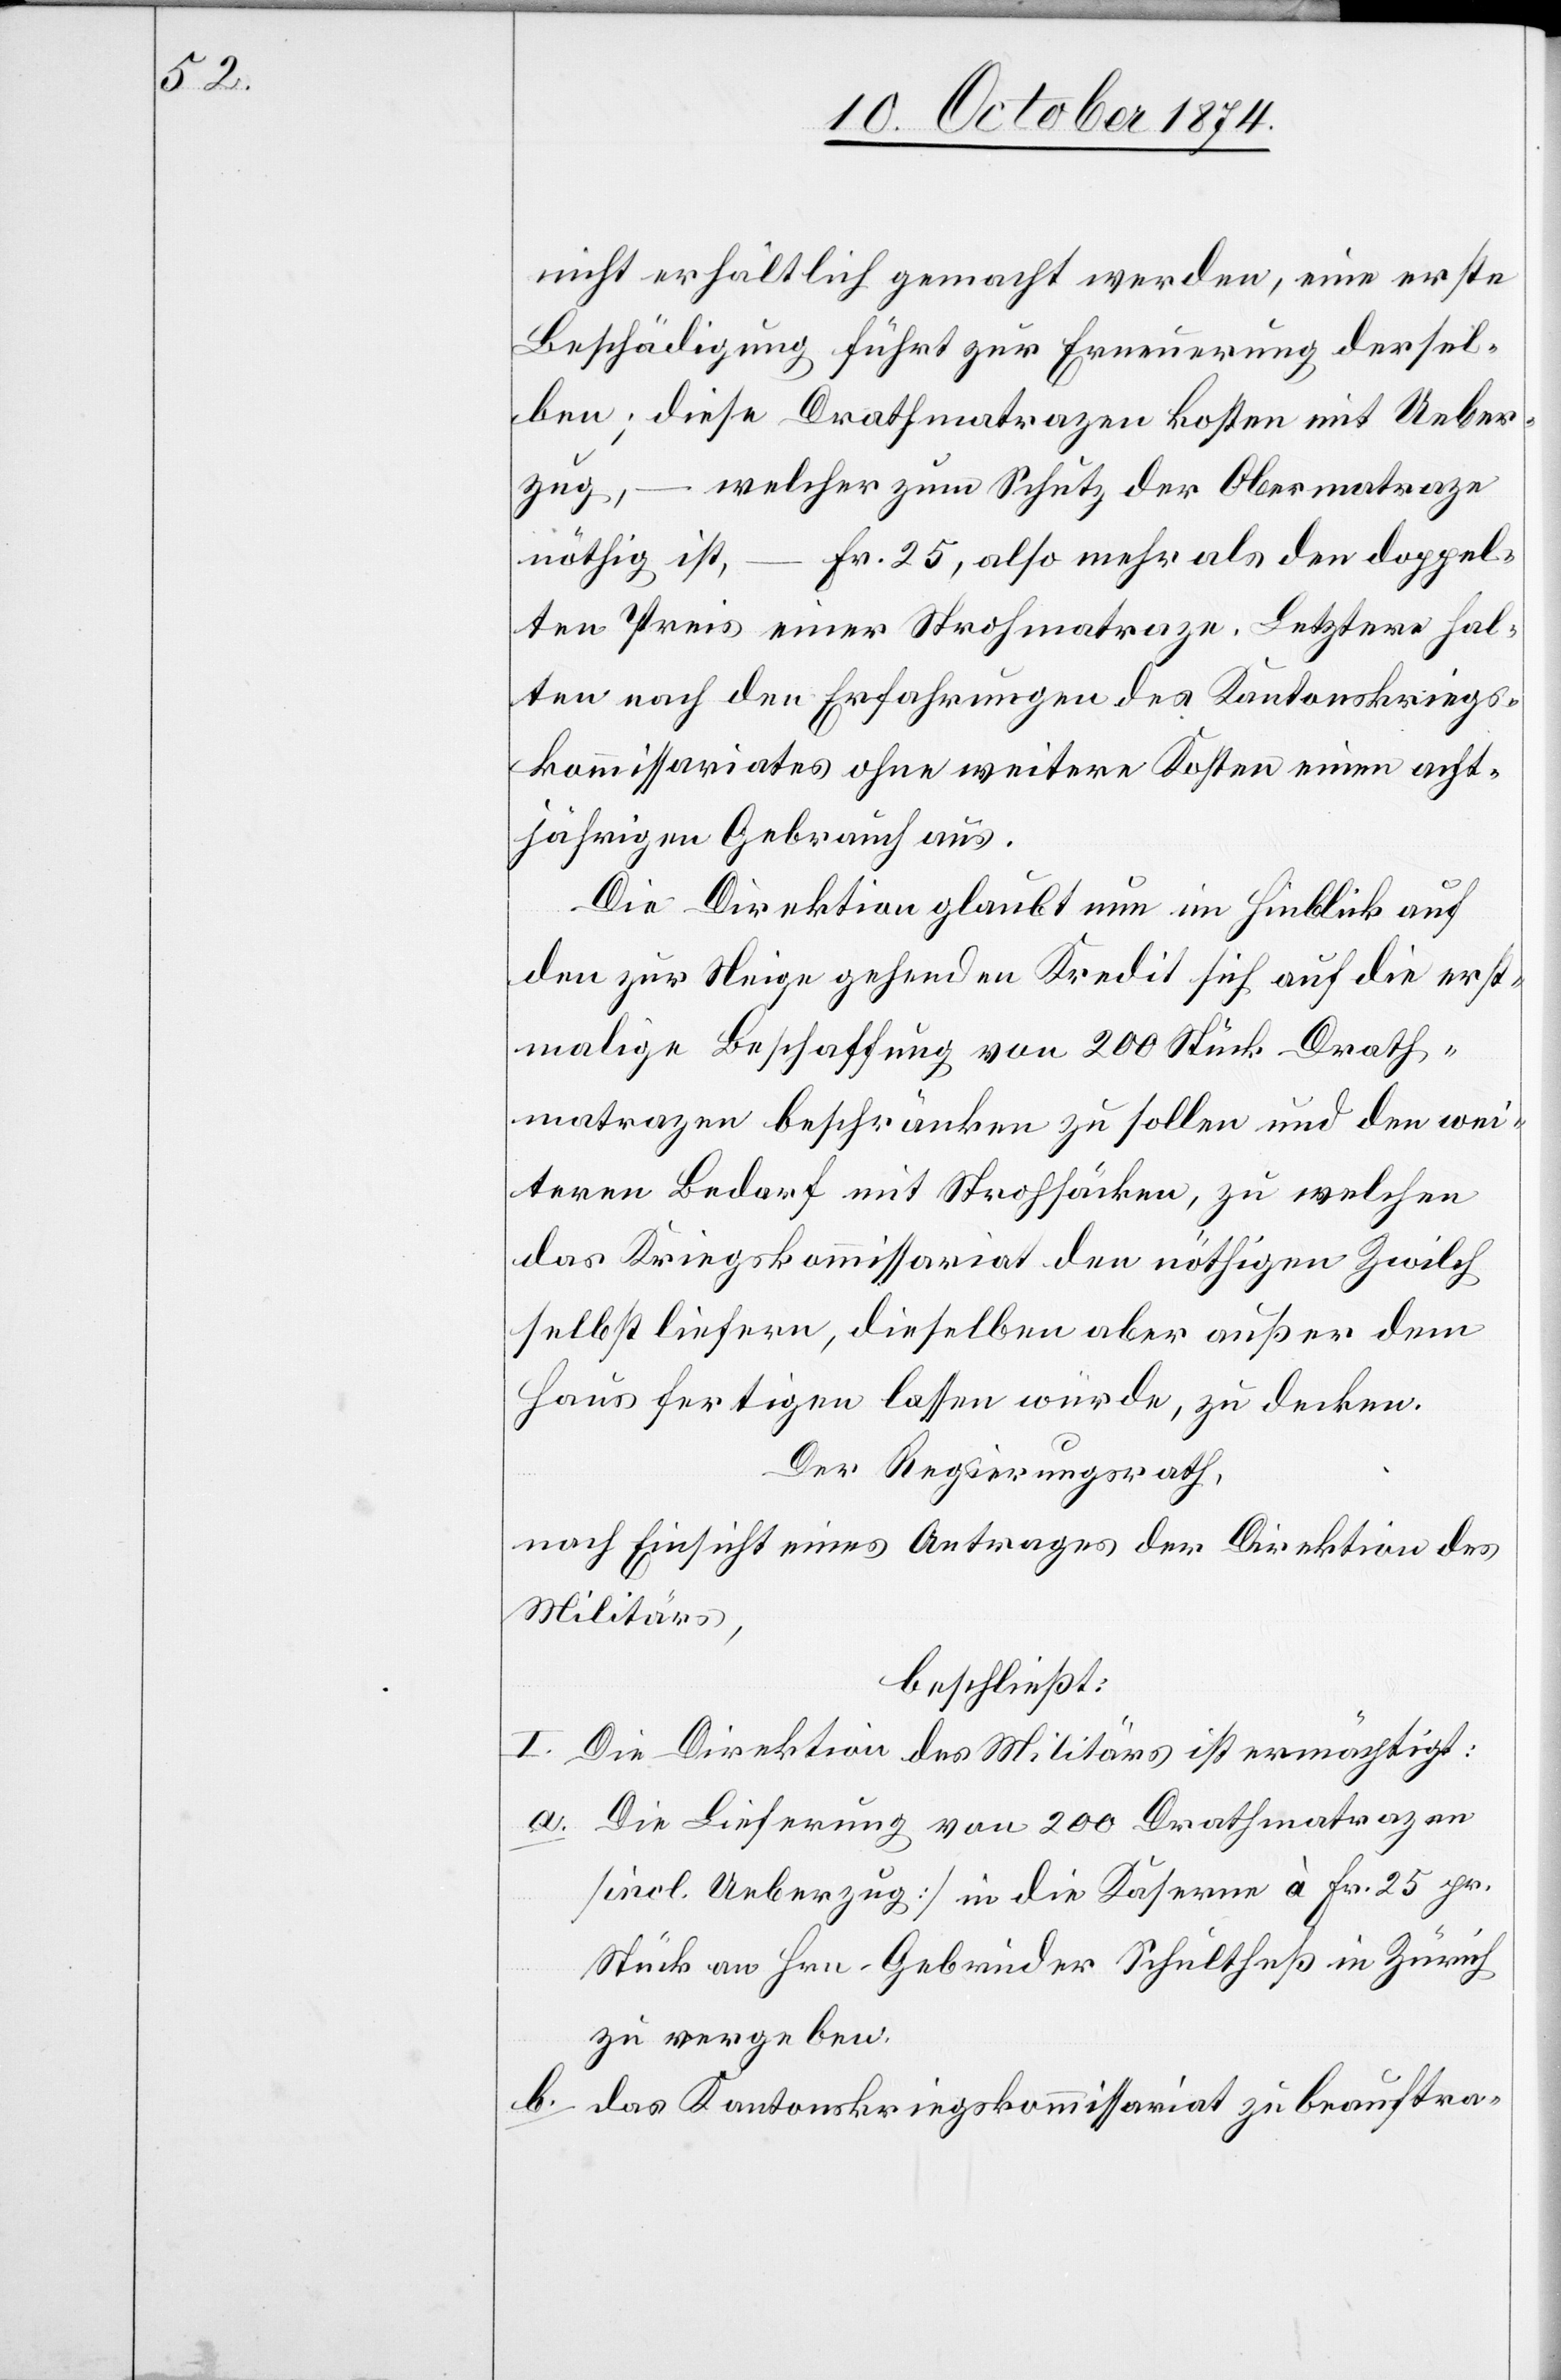
nicht erhältlich gemacht werden, eine erste
Beschädigung führt zur Erneuerung dersel¬
ben; diese Drathmatrazen kosten mit Ueber¬
zug, – welcher zum Schutz der Obermatraze
nöthig ist, – Fr. 25, also mehr als den doppel¬
ten Preis einer Strohmatraze. Letztere hal¬
ten nach den Erfahrungen des Kantonskriegs¬
kommissariates ohne weitere Kosten einen acht¬
jährigen Gebrauch aus.
Die Direktion glaubt nun im Hinblick auf
den zur Neige gehenden Kredit sich auf die erst¬
malige Beschaffung von 200 Stück Drath¬
matrazen beschränken zu sollen und den wei¬
teren Bedarf mit Strohsäcken, zu welchen
das Kriegskommissariat den nöthigen Zwilch
selbst liefern, dieselben aber außer dem
Haus fertigen lassen würde, zu decken.
Der Regierungsrath,
nach Einsicht eines Antrages der Direktion des
Militärs,
beschließt:
I.
Die Direktion des Militärs ist ermächtigt:
von 200 Drathmatrazen
a.
Die Lieferung
in die Kaserne à Fr. 25 pr.
[incl. Ueberzug]
Stück an Hrn. Gebrüder Schultheß in Zürich
zu vergeben.
b. das Kantonskriegskommissariat zu beauftra-